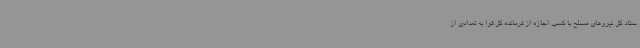
ستاد کل نیروهای مسلح با کسب اجازه از فرمانده کل قوا به تعدادی از